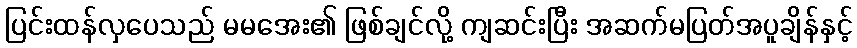
ပြင်းထန်လှပေသည် မမအေး၏ ဖြစ်ချင်လို့ ကျဆင်းပြီး အဆက်မပြတ်အပူချိန်နှင့်